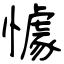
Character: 懅